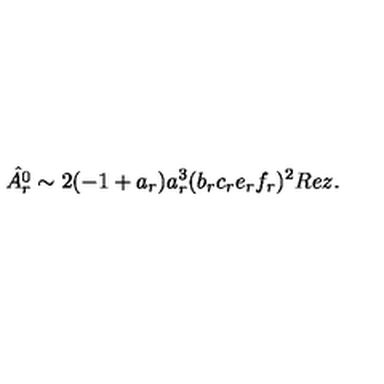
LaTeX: \hat { A _ { r } ^ { 0 } } \sim 2 ( - 1 + a _ { r } ) a _ { r } ^ { 3 } ( b _ { r } c _ { r } e _ { r } f _ { r } ) ^ { 2 } R e z .